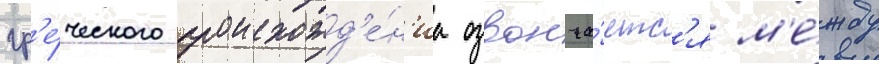
гр'е́ческого происхожд'е́н'иа озвонча́етс'я м'е́жду